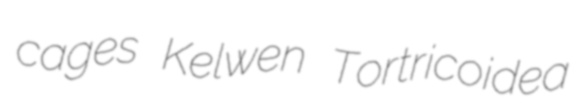
cages Kelwen Tortricoidea